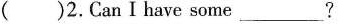
( )2.Can Ihave some_?